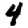
Digit: 4